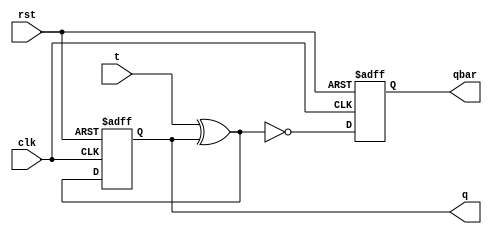
module tff(q,qbar,clk,rst,t);
 input clk;	 
input rst;
input t;
output q,qbar; 
reg q,qbar;
wire qq=t^q;
always @ (posedge clk,negedge rst)
begin              
if(rst==1'b0)
begin
q=1'b0;
qbar=1'b1;
end	    
else 
begin	 		  
q=qq;	  
qbar=~q;		  
end 
end
endmodule